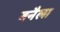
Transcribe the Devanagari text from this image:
बनैला